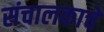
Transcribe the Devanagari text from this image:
संचालकाचे